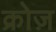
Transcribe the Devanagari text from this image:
क्रोज़